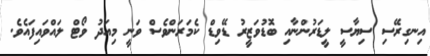
އިނގިރޭސި ސިޔާސީ ލީޑަރުންނާއި ބޮޑުވަޒީރު ޑޭވިޑް ކެމަރަންވެސް ވަނީ މިއަދު ވޯޓް ލައްވައިފައެވެ.